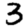
Digit: 3